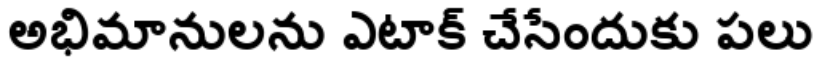
అభిమానులను ఎటాక్ చేసేందుకు పలు